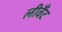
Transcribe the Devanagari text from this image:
लीवैंट